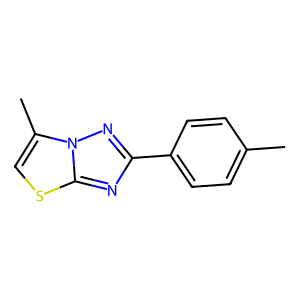
SMILES: Cc1ccc(-c2nc3scc(C)n3n2)cc1
Inhibits HIV replication: No